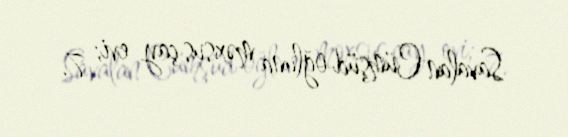
Savalan Cümşüd oğluna məxsus çay evi; 7.